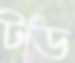
টড